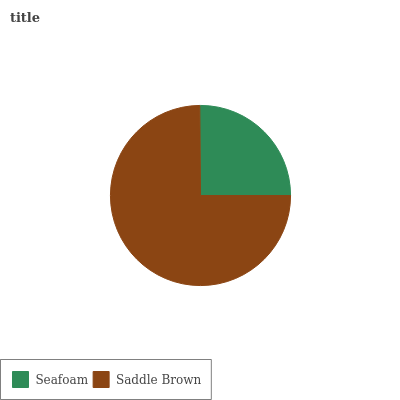
| Seafoam | Saddle Brown |
 | --- | --- |
 | 25.2% | 74.8% |